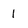
Character: 1